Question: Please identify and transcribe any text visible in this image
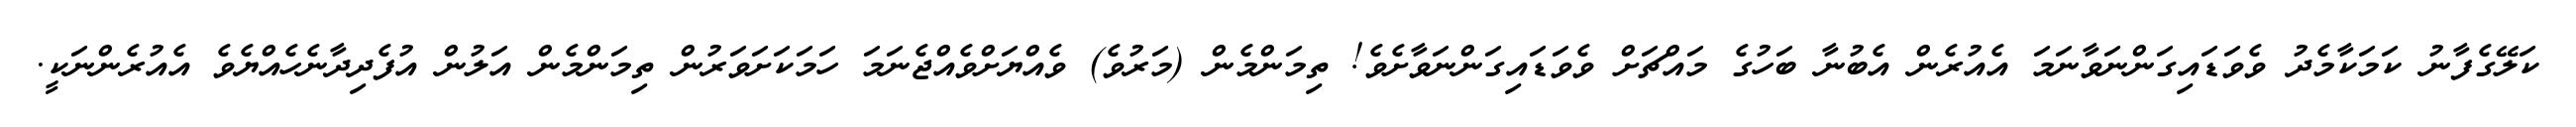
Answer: ކަލޭގެފާނު ކަމަކާމެދު ވެވަޑައިގަންނަވާނަމަ އެއުރެން އެބުނާ ބަހުގެ މައްޗަށް ވެވަޑައިގަންނަވާށެވެ! ތިމަންމެން (މަރުވެ) ވެއްޔަށްވެއްޖެނަމަ ހަމަކަށަވަރުން ތިމަންމެން އަލުން އުފެދިދާނެހެއްޔެވެ އެއުރެންނަކީ.